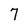
Character: 7